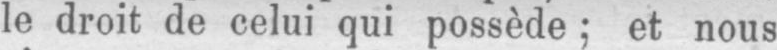
le droit de celui qui possède; et nous